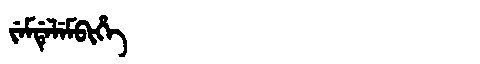
Manchu: ᠵᡝᠮᡩᡝᠯᡝᠮᠪᡳᡥᡝ
Romanization: JEMDELEMBIHE